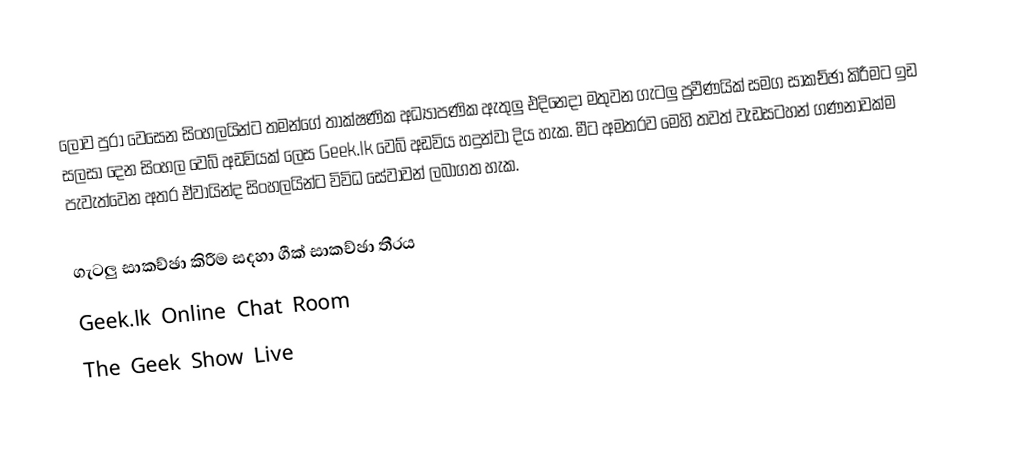
ලොව පුරා වෙසෙන සිංහලයින්ට තමන්ගේ තාක්ෂණික අධ්‍යාපණික ඇතුලු එදිනෙදා මතුවන ගැටලු ප්‍රවීණයික් සමග සාකච්ඡා කිරීමට ඉඩ සලසා දෙන සිංහල වෙබ් අඩවියක් ලෙස Geek.lk වෙබ් අඩවිය හදුන්වා දිය හැක. මීට අමතරව මෙහි තවත් වැඩසටහන් ගණනාවක්ම පැවැත්වෙන අතර ඒවායින්ද සිංහලයින්ට විවිධ සේවාවන් ලබාගත හැක.

ගැටලු සාකච්ඡා කිරීම සදහා ගීක් සාකච්ඡා තීරය
Geek.lk Online Chat Room
The Geek Show Live